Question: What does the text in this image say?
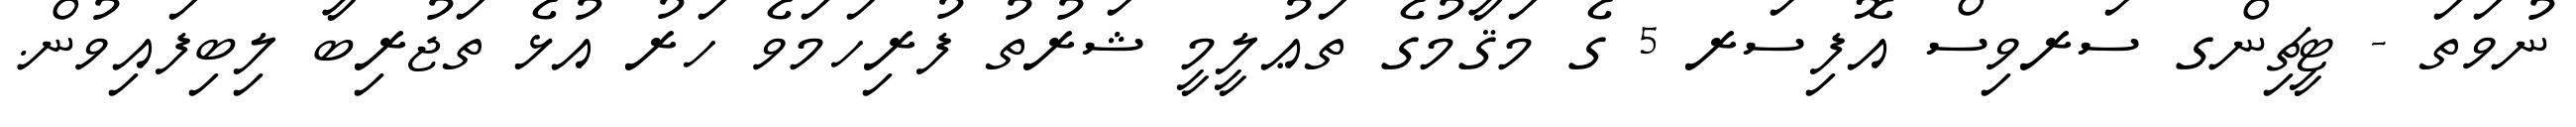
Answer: ނުވަތަ - ޓީޗިންގ ސަރވިސް އޮފިސަރ 5 ގެ މަޤާމުގެ ތަޢުލީމީ ޝަރުތު ފުރިހަމަވެ ހަރު އުޅެ ތަޖުރިބާ ލިބިފައިވުން.